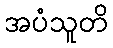
အပံသူတိ